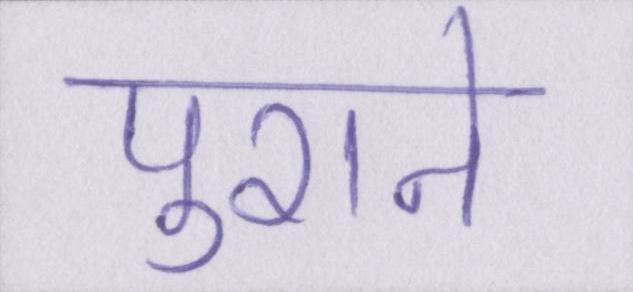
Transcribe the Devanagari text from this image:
पुराने